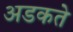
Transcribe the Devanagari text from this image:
अडकते